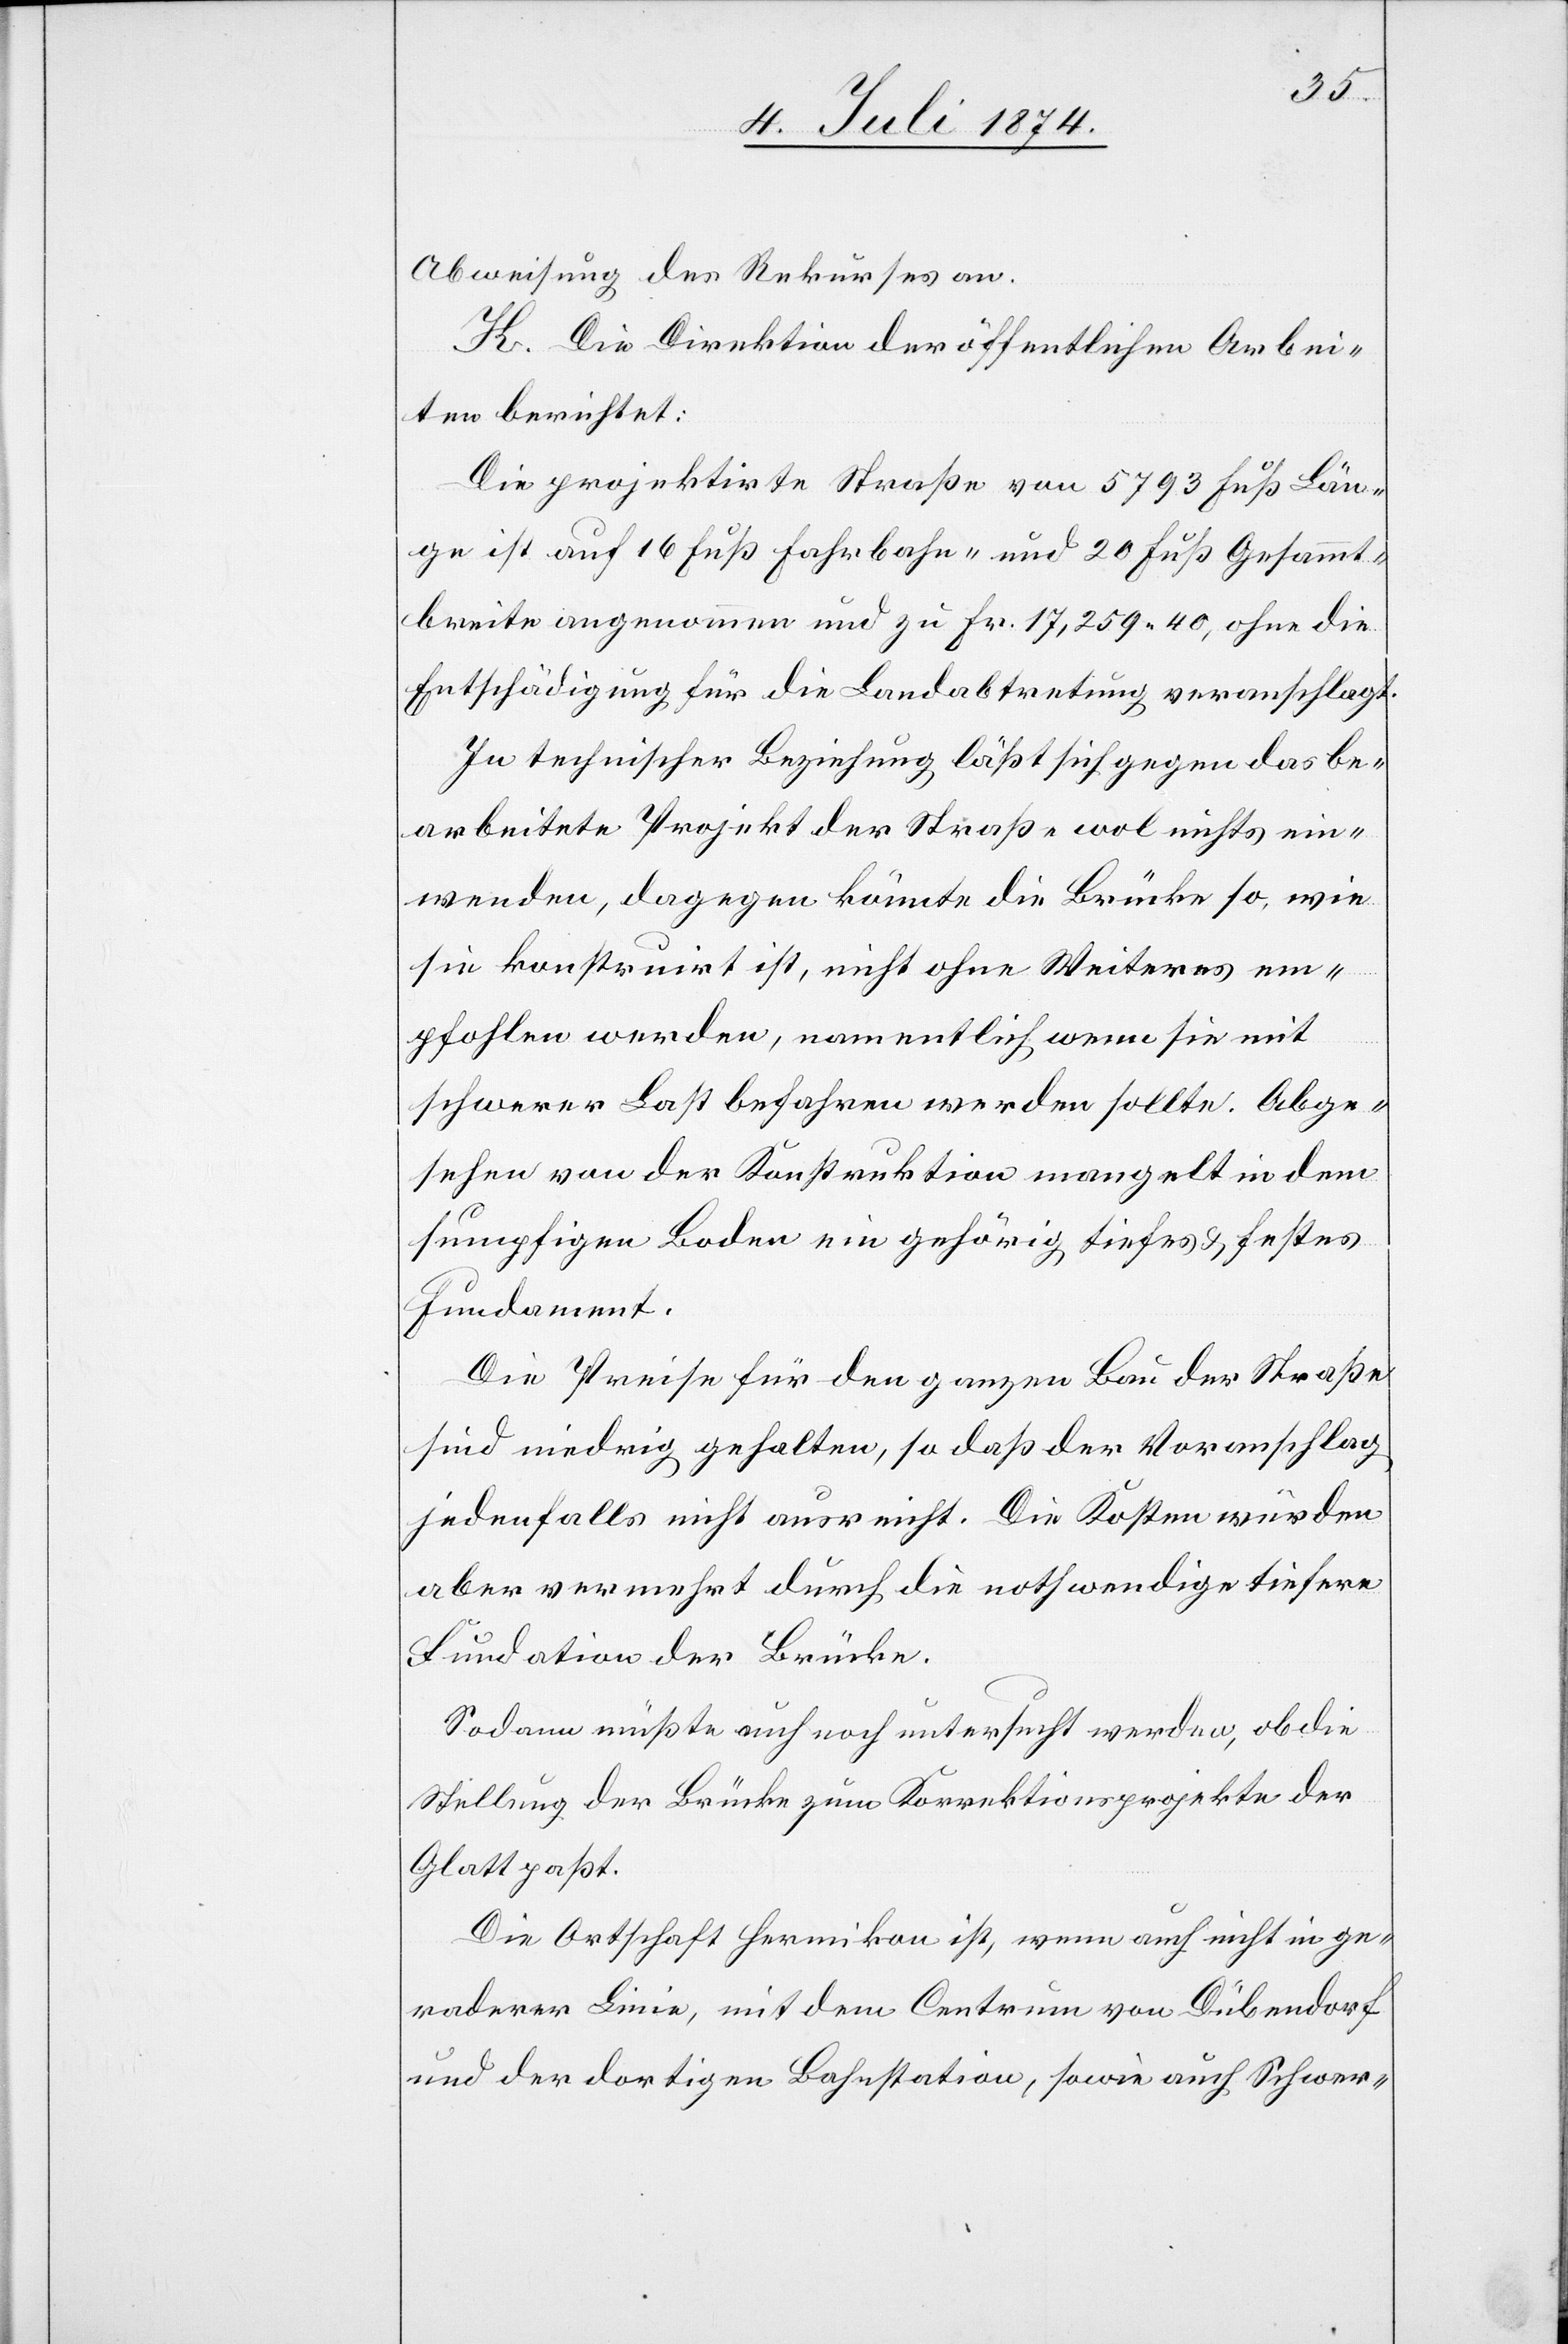
Abweisung des Rekurses an.
K. Die Direktion der öffentlichen Arbei¬
ten berichtet:
Die projektirte Straße von 5793 Fuß Län¬
ge ist auf 16 Fuß Fahrbahn- und 20 Fuß Gesammt¬
breite angenommen und zu Fr. 17,259.40, ohne die
Entschädigung für die Landabtretung veranschlagt.
In technischer Beziehung läßt sich gegen das be¬
arbeitete Projekt der Straße wol nichts ein¬
wenden, dagegen könnte die Brücke so, wie
sie konstruirt ist, nicht ohne Weiteres em¬
pfohlen werden, namentlich wenn sie mit
schwerer Last befahren werden sollte. Abge¬
sehen von der Konstruktion mangelt in dem
sumpfigen Boden ein gehörig tiefes u. festes
Fundament.
Die Preise für den ganzen Bau der Straße
sind niedrig gehalten, so daß der Voranschlag
jedenfalls nicht ausreicht. Die Kosten würden
aber vermehrt durch die nothwendige tiefere
Fundation der Brücke.
Sodann müßte auch noch untersucht werden, ob die
Stellung der Brücke zum Korrektionsprojekte der
Glatt paßt.
Die Ortschaft Hermikon ist, wenn auch nicht in ge¬
raderer [sic!] Linie, mit dem Centrum von Dübendorf
und der dortigen Bahnstation, sowie auch Schwer-